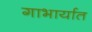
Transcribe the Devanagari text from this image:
गाभार्यात